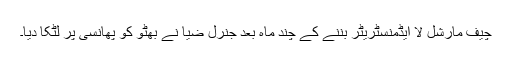
چیف مارشل لا ایڈمنسٹریٹر بننے کے چند ماہ بعد جنرل ضیا نے بھٹو کو پھانسی پر لٹکا دیا۔